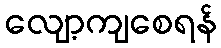
လျော့ကျစေရန်